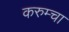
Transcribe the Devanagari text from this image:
करुम्चा